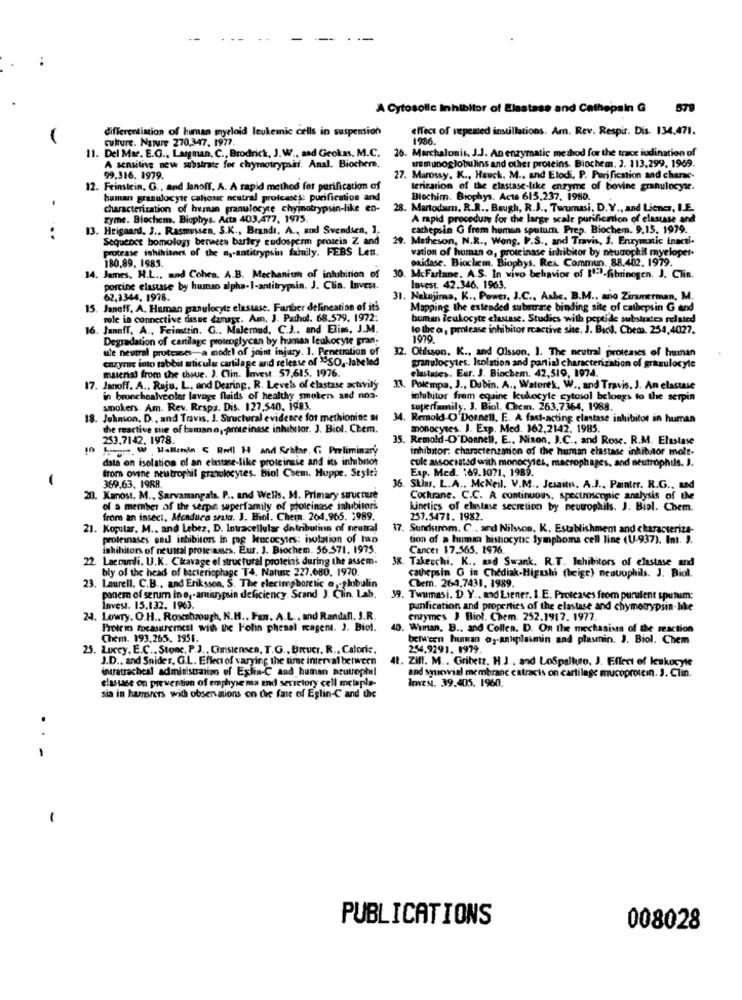
--
--
A Cytosolle Inhibitor of Elastase and Cathepain G 579
differentiation of human myeloid leukemic cells in suspension
effect of repeated instillations. Am. Rev. Respir. Dis. 134.471.
culture. Nature 270,347. 1977.
1986.
11. Del Mar. E.G ., Langman, C ., Brodrick, J. W ., and Geokas. M.C.
26. Marchalonis, J.J. An enzymatic method for the trace iudination of
wemunoglobulins and other proteins. Biochem. 3. 113.299, 1969.
A sensitive new substrate for chymotrypsii. Anal. Biochem.
99.316. 1979.
27. Marossy, K ., Hauck, M .. and Elodi, P. Purification and charse-
12. Feinstein, G ., and Janoff, A. A rapid method for purification of
terization of the elastase-like enzyme of bovine granulocyte.
human granulocyte calion neutral proteases: purification and
Biochim. Biophys. Acts 615,237. 1980.
characterization of human granulocyte chymotrypsin-like en-
. Martodam, R.R ., Baugh, R.J ., Twumasi, D.Y ., and Licher, I.E.
zyme. Biochem. Biophys. Acta 403,477. 1975.
A rapid procedure for the large scale purification of elasuse and
13. Heigaard, 3 .. Rasmussen, S.K ., Brandı, A ., and Svendsen, 1.
carhepsin G frem human sputum. Prep. Biochem. 9.15, 1979.
..
Sequence bomology berween barley endosperm protein Z and
29. Matheson, N.R ., Wong, P.S ., and Travis, S. Enzymatic inacti-
protease inhibitors of the a ,- antitrypsin family. FEBS Let.
vation of human o, proteinase inhibitor by neugophil myeloper-
180.89. 1983.
oxidase. Biochem. Biophys. Res Commun, 88.402. 1979.
14. James, H.L ., and Cohes. A.B. Mechanism of inhibition of
30. McFarlane. A.S. In vivo behavior of [1-1-fibrinogen. J. Clin.
porcine elastase by human alpha-1-antitrypsin. J. Clin. Invest.
Invest. 42.346. 1963.
62,1344. 1978.
31. Nakojima, K ., Power, J.C ., Ashe. B.M ., ano Zimmerman, M.
15. Janoff. A. Human granulocyte elestase. Farther delineation of its
Mapping the extended substrate binding site of cathepsin G and
role in connective disse damage. Am. J. Pathol. 68.579, 1972:
buman leukocyte elastase. Studies with peptide substrates related
16. Janoff, A ., Feimttin. G .. Malemud. C.J .. and Elim, J.M.
lo the a, prolease inhibitor reactive site. J. Bici. Chem. 254,4027.
Degradation of cartilage proteoglycan by human leukocyte gran.
1070
ule neutral proteases-a model of joint injury. 1. Penetration of
32.
Ohlsson. K ., and Olsson. I. The neutral proteases of human
cazyrac into rabbit articular cartilage and release of "SO ,- labeled
material from the tissue. J. Clin. Invest. 57,615. 1976.
granulocytes. Isolation and partial characterization of grazulocyte
elastases. Eur. J. Biochem. 42,519, 1974.
17. Janoff. A .. Raju, L, and Dearing. R. Levels of elastase activity
Polempa, J ., Dubin. A ., Walorek, W ., and Travis, J. An elastase
in bronchoalveoler lavage flaids of healthy smokers and non-
inhibitor frem equine kukocyte cytosol belongs to the serpin
smokers Am. Rev. Respa. Dis. 127,540, 1983.
toperfamily. J. Biol. Chem. 263.7364, 1988.
18. Johnson, D ., and Travis, J. Structural evidence for methionine ai
34. Remold-O'Donnell. E. A fast-acting elastase inhibitor in human
the reactive the of bamano, proteinase inhibitor. J. Biol. Chem.
monocytes. J. Exp. Med. 162,2142, 1985.
253.7142. 1978.
35. Remold-O'Donnell, E ., Nixon, J.C ., and Rose. R.M. Elastase
10
! W Hellinin C Roll H and Scalar. G Preliminary
inhibitor. charctenzation of the human elastase inhibitor mole-
data on isolation of an elastase-like proteinsse and its inhibnot
cule associated with monocytes, macrophages, and neutrophils. J.
Exp. Med. : 69.1071, 1989.
369.63, 1988.
from ovine neutrophil grawolocytes. Biol Chem. Huppe. Seylei
36. Skin. L.A ., McNeil. V.M ., Jesaits. A.J ., Painter. R.G ., sad
20. Kanost. M ., Sarvamangala. P .. and Wells. M. Primary structure
Cochrane. C.C. A continuous, spectroscopic analysis of the
of a member of the serpin superfamily of proteinase inhibitors
kinetics of elastase secretion by neutrophils. J. Bial. Chem.
from an insect, Mendura seuta. J. Biol. Chem. 264.965. 1989.
257.3478. 1982.
21. Kopstar. M ., and Lebez, D. Intracellular diatributinn of neutral
17. Sundstrom. C ., and Nilsson. K. Establishment and characterize-
proteinases sad inhibitors in pg leucocytes: isolation of han
tion of a human histiocytic lymphoma cell line (U-937). In. ).
inhibitors of neutral proteinases. Eur. J. Biochem. 56.571. 1975.
Cancer 17.565. 1976.
22 Laemmi. U.K. Cicavage of structural proteins during the assem.
38. Takeuchi. K ., and Swank. R.T. Inhibitors of elastase and
bly of the head of bacteriophage T4. Natusc 227.680. 1970.
Chem. 264.7431. 1989.
cathepsin O in Chediak-Higashi (beige) neauophils. J. Biol.
23. Laurell. C.B ., and Eriksson. S. The elecimphoretic @ -globulin
panem of serum in o ,. amitrypsin deficiency. Scand J. Clin. Lab.
39. Twumasi. D. Y ., and Liener. I.E. Proteases from purafent sputum:
Invest. 15.132. 1963.
punfication and properties of the elastase and chymotrypsin-like
24. Lowry. O.H .. Rosesbrough, N.H ., Fan. A.L .. and Randall, J.R.
enzymes J Biol. Chem. 252.1917. 1977.
Prolcio focasuremest with the l'olin phenal reagent. J. Biol.
. Wiman. B ., and Collen. D. On the mechanisms of the reaction
Chem. 193.265. 1956.
between human og-anliplaimin and plasmin. J. Biol. Chem.
25. Lucey. E.C ., Stone, P.J ., Christensen, T.G ., Bruci. R ., Caloric,
254.9291. 1979.
J.D ., and Snider, G.L. Effect of varying the time interval between
Il. Ziff. M .. Gribetz, H.J ., and LoSpalkro, J. Effect of leukocyte
intratracheal administration of Eglia-C and human neutrophil
elastase on prevention of emphysema end sevictory cell melaple-
and synovial membrane catracis on cartilage mucoprotein. 3. Clin.
Invest. 39.405. 1960.
sia in hamsters with observations on the fate of Eglin-C and the
. .
-
PUBLICATIONS
008028